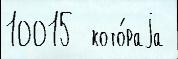
10015  кото́раjа